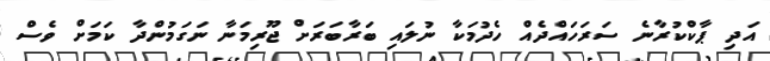
އަދި ޕާކްކުރާނެ ސަރަހައްދެއް ހެދުމަކާ ނުލައި ބަރާބަރަށް ޖޫރިމަނާ ނަގަމުންދާ ކަމަށް ވެސް